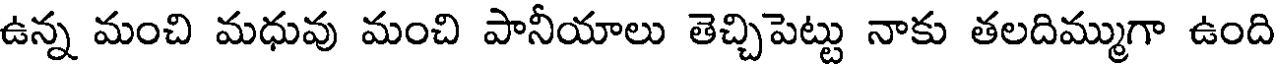
ఉన్న మంచి మధువు మంచి పానీయాలు తెచ్చిపెట్టు నాకు తలదిమ్ముగా ఉంది